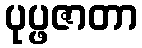
ပုပ္ဖဇာတာ